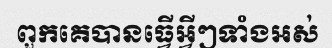
ពួកគេបានធ្វើអ្វីៗទាំងអស់